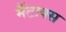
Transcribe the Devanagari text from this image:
मैंटाक्स